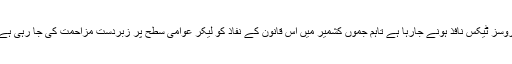
واضح رہے کہ بھارت میں یکم جولائی سے ٹیکس کا نیا قانون جی ایس ٹی یا گُڈس اینڈ سروسز ٹیکس نافذ ہونے جارہا ہے تاہم جموں کشمیر میں اس قانون کے نفاذ کو لیکر عوامی سطح پر زبردست مزاحمت کی جا رہی ہے اگرچہ محبوبہ مفتی کی قیادت والی سرکار اس قانون کے نفاذ کے لئے اُتاولی ہورہی ہے۔